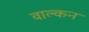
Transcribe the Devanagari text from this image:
वाल्कन